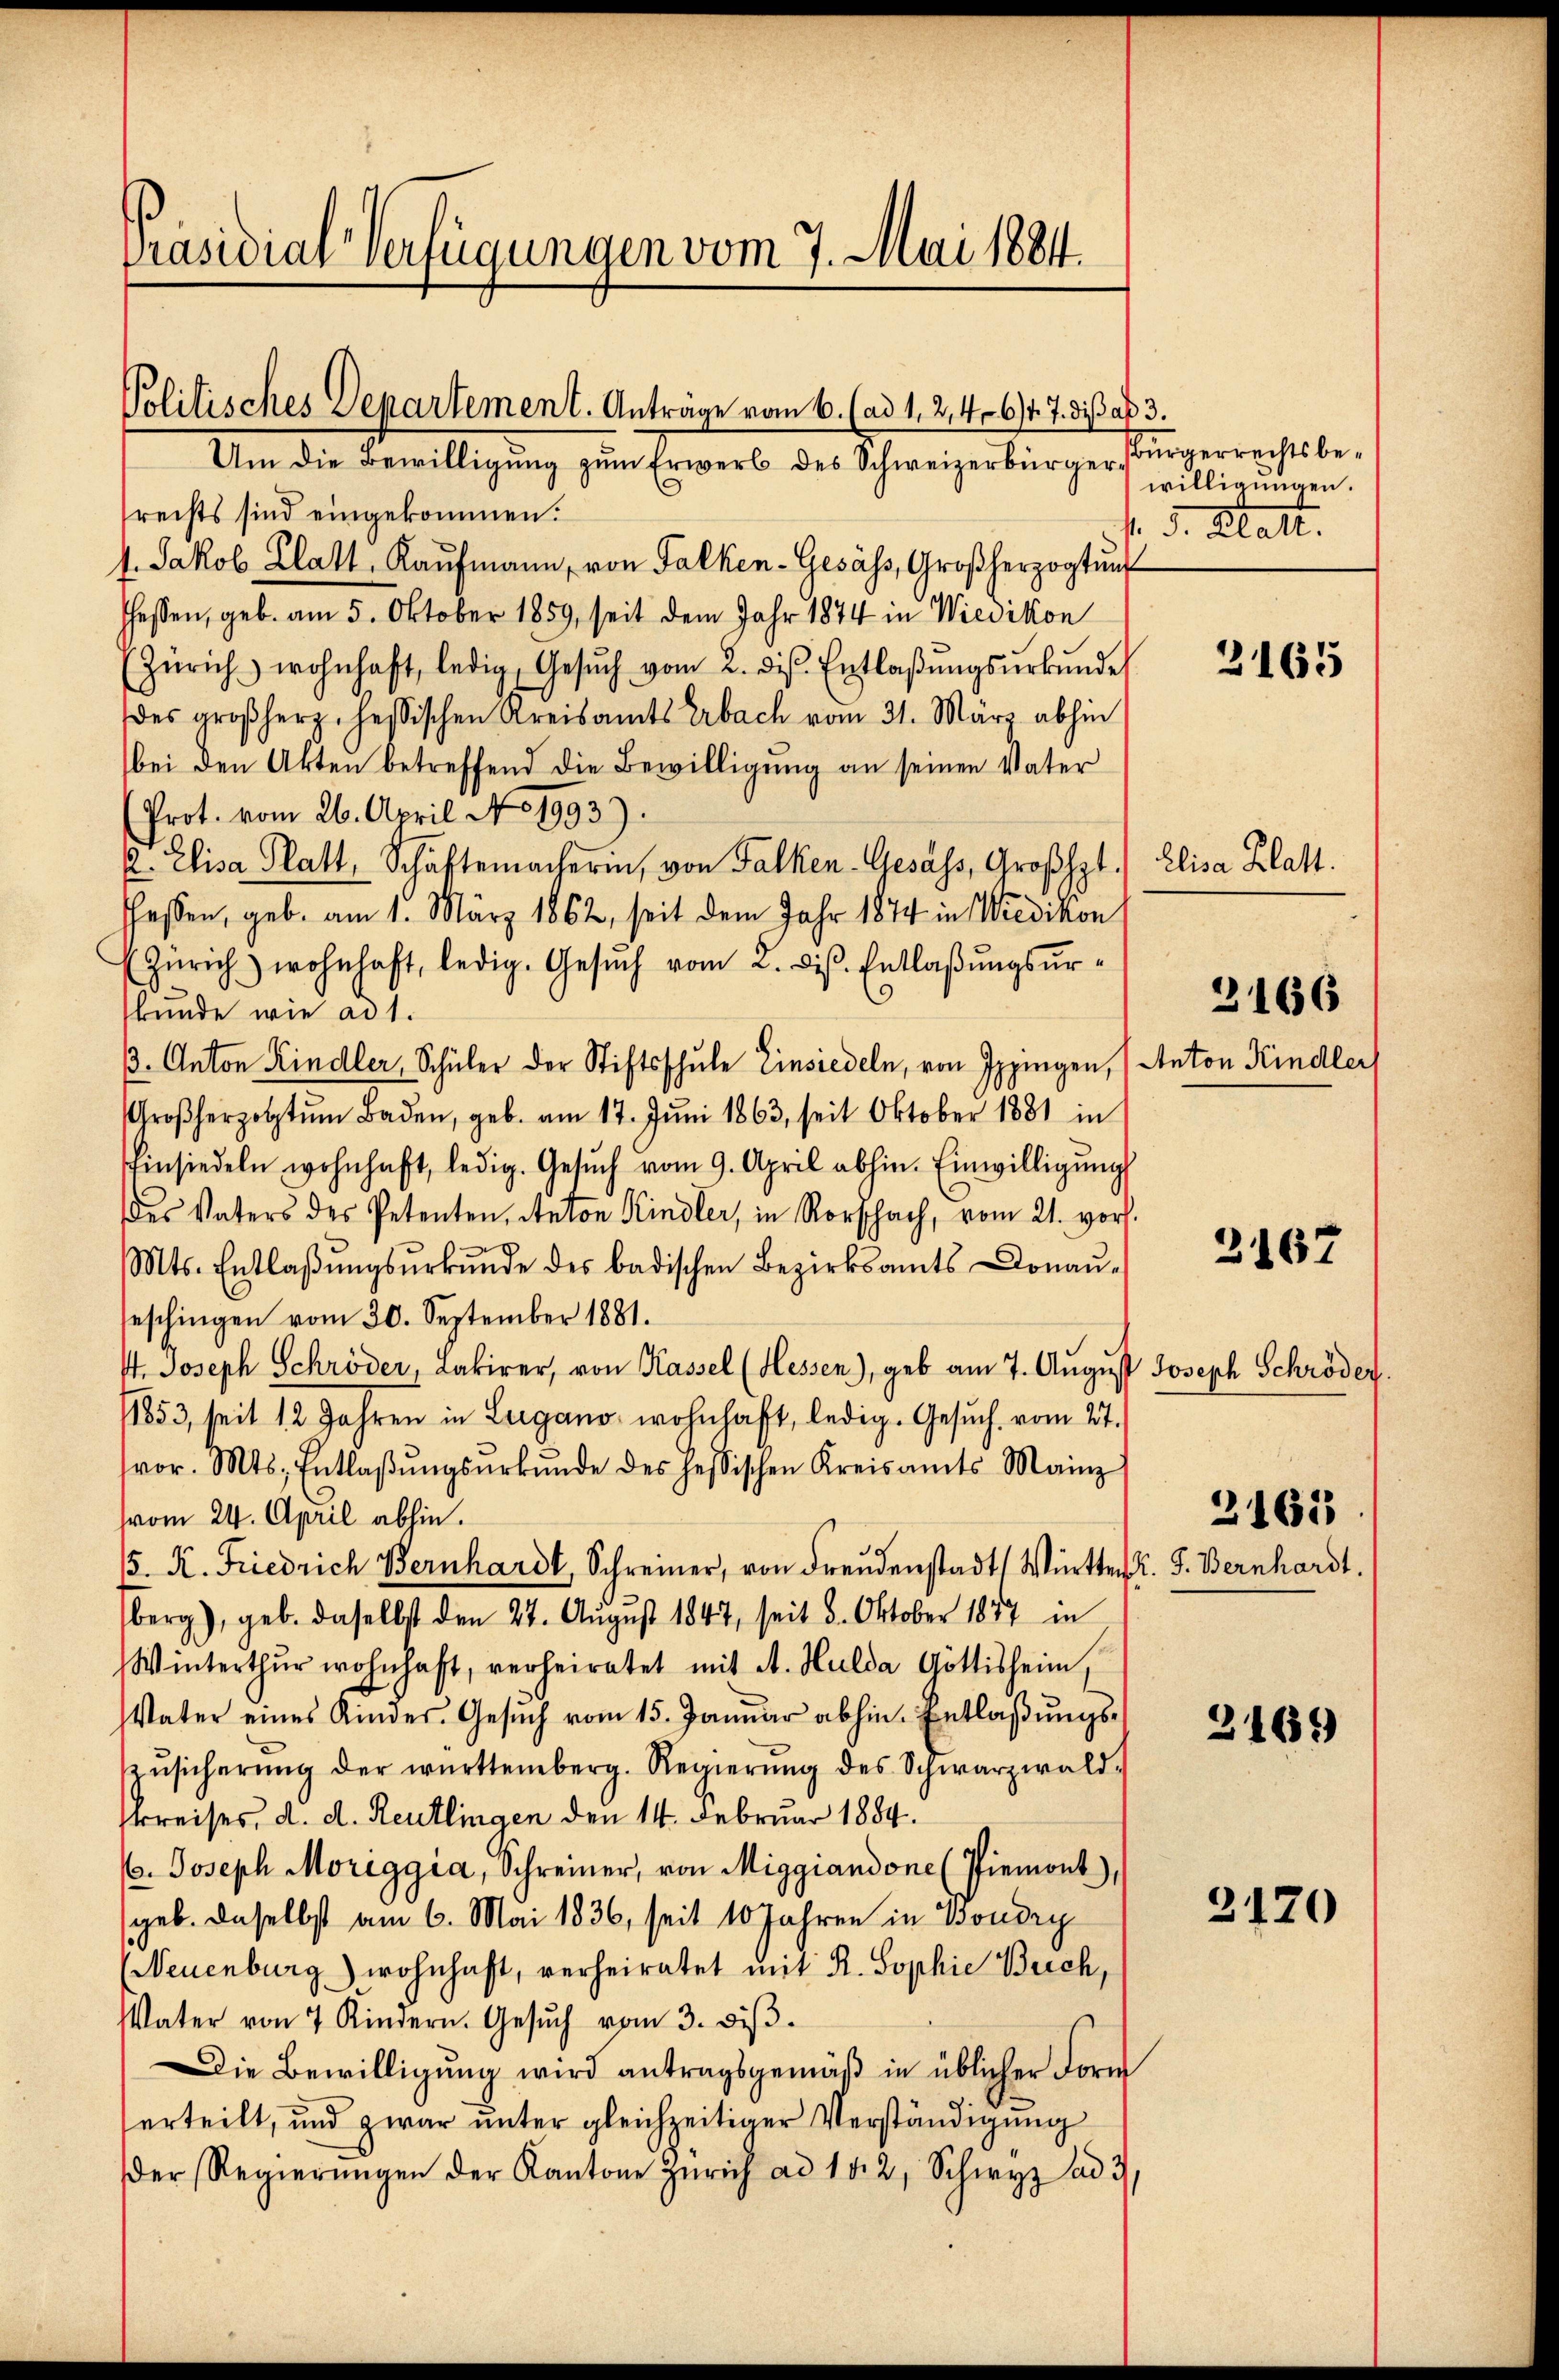
Präsidial-Verfügungen vom 7. Mai 1884.

Politisches Departement. Anträge vom 6. (ad 1. 214064. 7. di

Um die Bewilligung zum Erwerb des Schweizerbürgerrechts sind eingekommen.
4. Jakob Klatt, Kaŭfmann, von Falken-Gesäss, Großherzogtung
hessen, geb. am 5. Oktober 1859, seit dem Jahr 1874 in Wiedikon
Zürich wohnhaft, ledig, Gesŭch vom 2. ds. Entlaβŭngsŭrkŭnde
des großherz, hessischen Kreisamts Erbach vom 31. März abhin
bei den Akten betreffend die Bewilligung an seinen Vater
(Prot. vom 26. April No 1993).
2. Elisa Platt, Schäftemacherin, von Falken-Gesass, Großhpt.
fassen, geb. am 1. März 1862, seit dem Jahr 1874 in Wiedikon
Zürich) wohnhaft, ledig. Gesŭch vom 2. diβ. Entlaβŭngsŭr-
.
kunde wie ad 1.
3. Anton Kindler, Schüler der Stiftsschule Einsiedeln, von Ippingen, (Anton Kindler,
Großherzogtŭm Baden, geb. am 17. Jŭni 1863, seit Oktober 1881 in
Einsiedeln wohnhaft, ledig. Gesŭch vom 9. April abhin. Einwilligŭng
des Vaters des Petenten, Anton Kindler, in Rorschach, vom 21. vor.
Mts. Entlaβŭngsŭrkŭnde des badischen Bezirksamts Conaŭ-
seschingen vom 30. September 1881.
st. Joseph Schröder, Lakirer, von Kassel (Hessen), geb am 7. August Joseph Schröder.
11853, seit 12 Jahren in Lugano wohnhaft, ledig. Gesŭch, vom 27.
vor. Mts. Entlaβŭngsŭrkŭnde des hessischen Kreisamts Mainz
vom 24. April abhin.
5. K. Friedrich Bernhardt, Schreiner, von Freudenstadt Württer L. F. Bernhardt.
berg), geb. daselbst den 27. August 1847, seit 8. Oktober 1857 in
Winterthur wohnhaft, verheiratet mit A. Hulda Göttisheim,
VVater eines Kindes. Gesŭch vom 15. Januar abhin. Entlaßungs¬
Zŭsicherŭng der württemberg. Regierŭng des Schwarzwald
Preises, d. d. Reutlingen den 14. Februar 1884.
/. Joseph Moriggia, Schreiner, von Miggiandone (Piemont),
geb. daselbst am 6. Mai 1836, seit 10 Jahren in Boudry
(Neuenburg) wohnhaft, verheiratet mit R. Sophie Berch,
VVater von 7 Kindern. Gesŭch vom 3. diβ.
Die Bewilligŭng wird antragsgemäβ in üblicher Form
erteilt, und zwar unter gleichzeitiger Verständigung
der Regierŭngen der Kantone Zürich ad 15. 2, Schwyz ad 3

3.
Bürgerrechtsbewilligungen.
f. d. Statt.

2165

Elisa Klatt.

3166

2167

2165

3169

3120